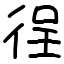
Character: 徎